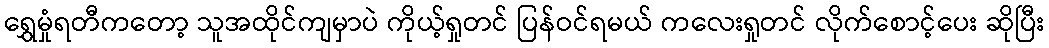
ရွှေမှုံရတီကတော့ သူအထိုင်ကျမှာပဲ ကိုယ့်ရှုတင် ပြန်ဝင်ရမယ် ကလေးရှုတင် လိုက်စောင့်ပေး ဆိုပြီး